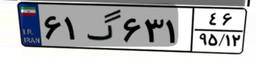
۶۱گ۶۳۱۴۶